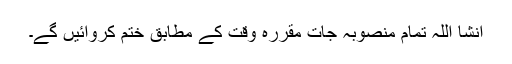
انشا اللہ تمام منصوبہ جات مقررہ وقت کے مطابق ختم کروائیں گے۔